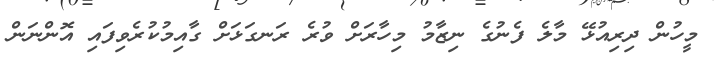
މީހުން ދިރިއުޅޭ މާލެ ފެނުގެ ނިޒާމު މިހާރަށް ވުރެ ރަނގަޅަށް ގާއިމުކުރެވިފައި އޮންނަން